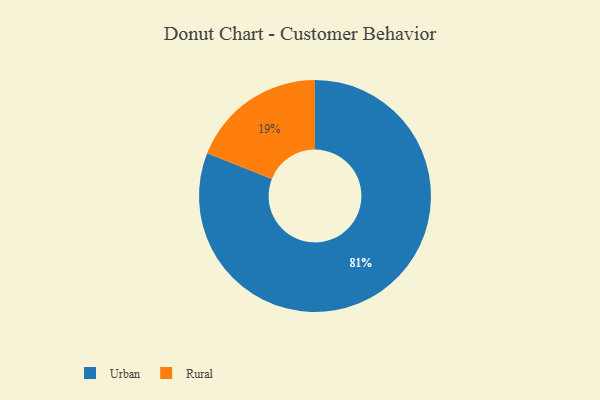
{"axis": {"x": "Category", "y": "Percentage"}, "legend": ["Rural", "Urban"], "data": [{"x": "Urban", "y": 81, "type": "Urban"}, {"x": "Rural", "y": 19, "type": "Rural"}]}